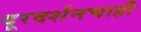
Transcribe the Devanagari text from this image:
दूरदर्शनचाही